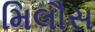
મિલૌસ